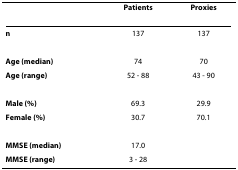
<table><thead><tr><td></td><td><b>Patients</b></td><td><b>Proxies</b></td></tr></thead><tbody><tr><td><b>n</b></td><td>137</td><td>137</td></tr><tr><td><b>Age (median)</b></td><td>74</td><td>70</td></tr><tr><td><b>Age (range)</b></td><td>52 - 88</td><td>43 - 90</td></tr><tr><td><b>Male (%)</b></td><td>69.3</td><td>29.9</td></tr><tr><td><b>Female (%)</b></td><td>30.7</td><td>70.1</td></tr><tr><td><b>MMSE (median)</b></td><td>17.0</td><td></td></tr><tr><td><b>MMSE (range)</b></td><td>3 - 28</td><td></td></tr></tbody></table>